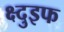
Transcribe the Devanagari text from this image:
क्ष्दुइफ